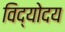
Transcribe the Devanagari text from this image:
विद्योदय